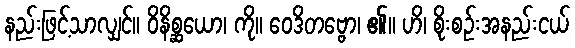
နည်းဖြင့်သာလျှင်။ ဝိနိစ္ဆယော၊ ကို။ ဝေဒိတဗ္ဗော၊ ၏။ ဟိ၊ စိုးစဉ်းအနည်းငယ်